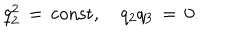
LaTeX: q _ { 2 } ^ { 2 } \, = \, \mathrm { c o n s t } , \quad q _ { 2 } q _ { 3 } \, = \, 0 .